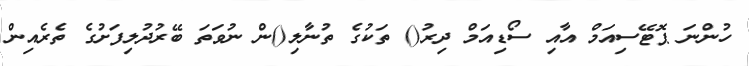
ހުންނަ ޕޮޓޭސިއަމް އާއި ސޯޑިއަމް ދިރު() ތަކުގެ ތުނާލި()ން ނުވަތަ ބޭރުދުލިފަށުގެ ތެރެއިން